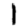
Digit: 1